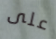
على